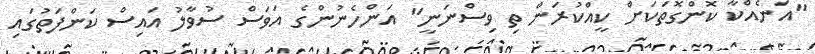
"އަނެއްކާ ކޮންގޮތަކަށް ކީއްކުރަން ތި ވިސްނަނީ" އަންހެނުންގެ އަވަސް ސުވާލު އައިސް ކަންފަތުގައި